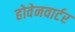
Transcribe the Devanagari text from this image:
होवेनवार्टर